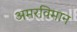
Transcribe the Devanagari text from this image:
अमरविमान